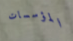
المؤسسات